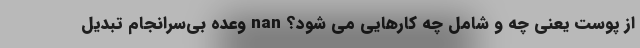
از پوست یعنی چه و شامل چه کارهایی می شود؟ nan وعده بی‌سرانجام تبدیل